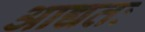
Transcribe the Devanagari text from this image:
आद्यतः